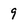
Character: 9